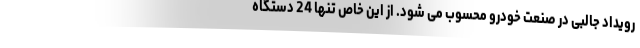
رویداد جالبی در صنعت خودرو محسوب می شود. از این خاص تنها 24 دستگاه